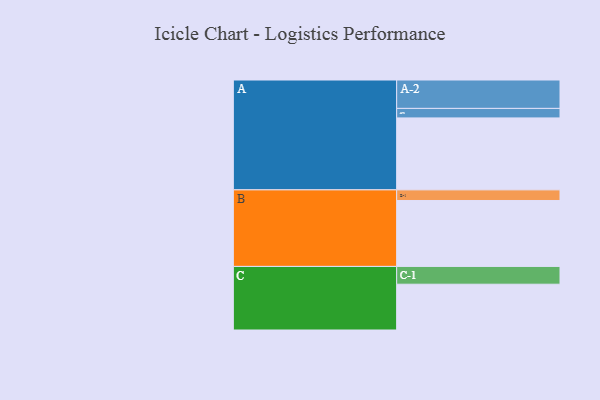
{"axis": {"x": "Segment", "y": "Value"}, "legend": ["", "A", "B", "C"], "data": [{"x": "A", "y": 575, "type": ""}, {"x": "B", "y": 527, "type": ""}, {"x": "C", "y": 366, "type": ""}, {"x": "A-1", "y": 76, "type": "A"}, {"x": "A-2", "y": 227, "type": "A"}, {"x": "B-1", "y": 85, "type": "B"}, {"x": "C-1", "y": 142, "type": "C"}]}